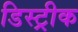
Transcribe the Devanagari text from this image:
डिस्ट्रीक